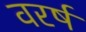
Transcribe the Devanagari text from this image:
वरर्ष